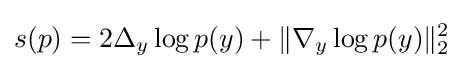
s(p)=2\Delta _{y}\log p(y)+\|\nabla _{y}\log p(y)\|_{2}^{2}